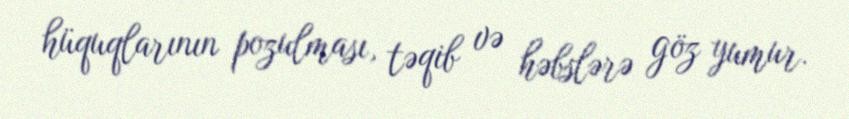
hüquqlarının pozulması, təqib və həbslərə göz yumur.